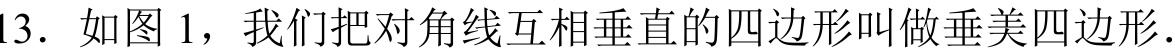
13. 如图 1，我们把对角线互相垂直的四边形叫做垂美四边形.